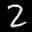
Label: 2